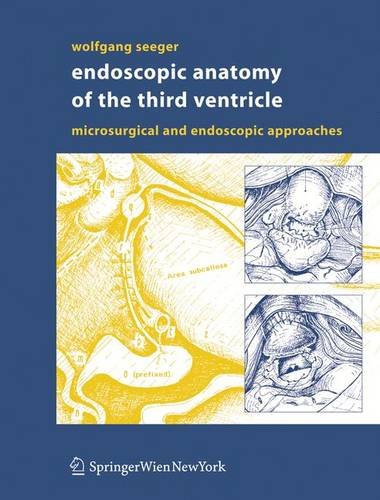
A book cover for Endoscopic Anatomy of the Third Ventricle: Microsurgical and Endoscopic Approaches; Wolfgang Seeger; Medical Books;